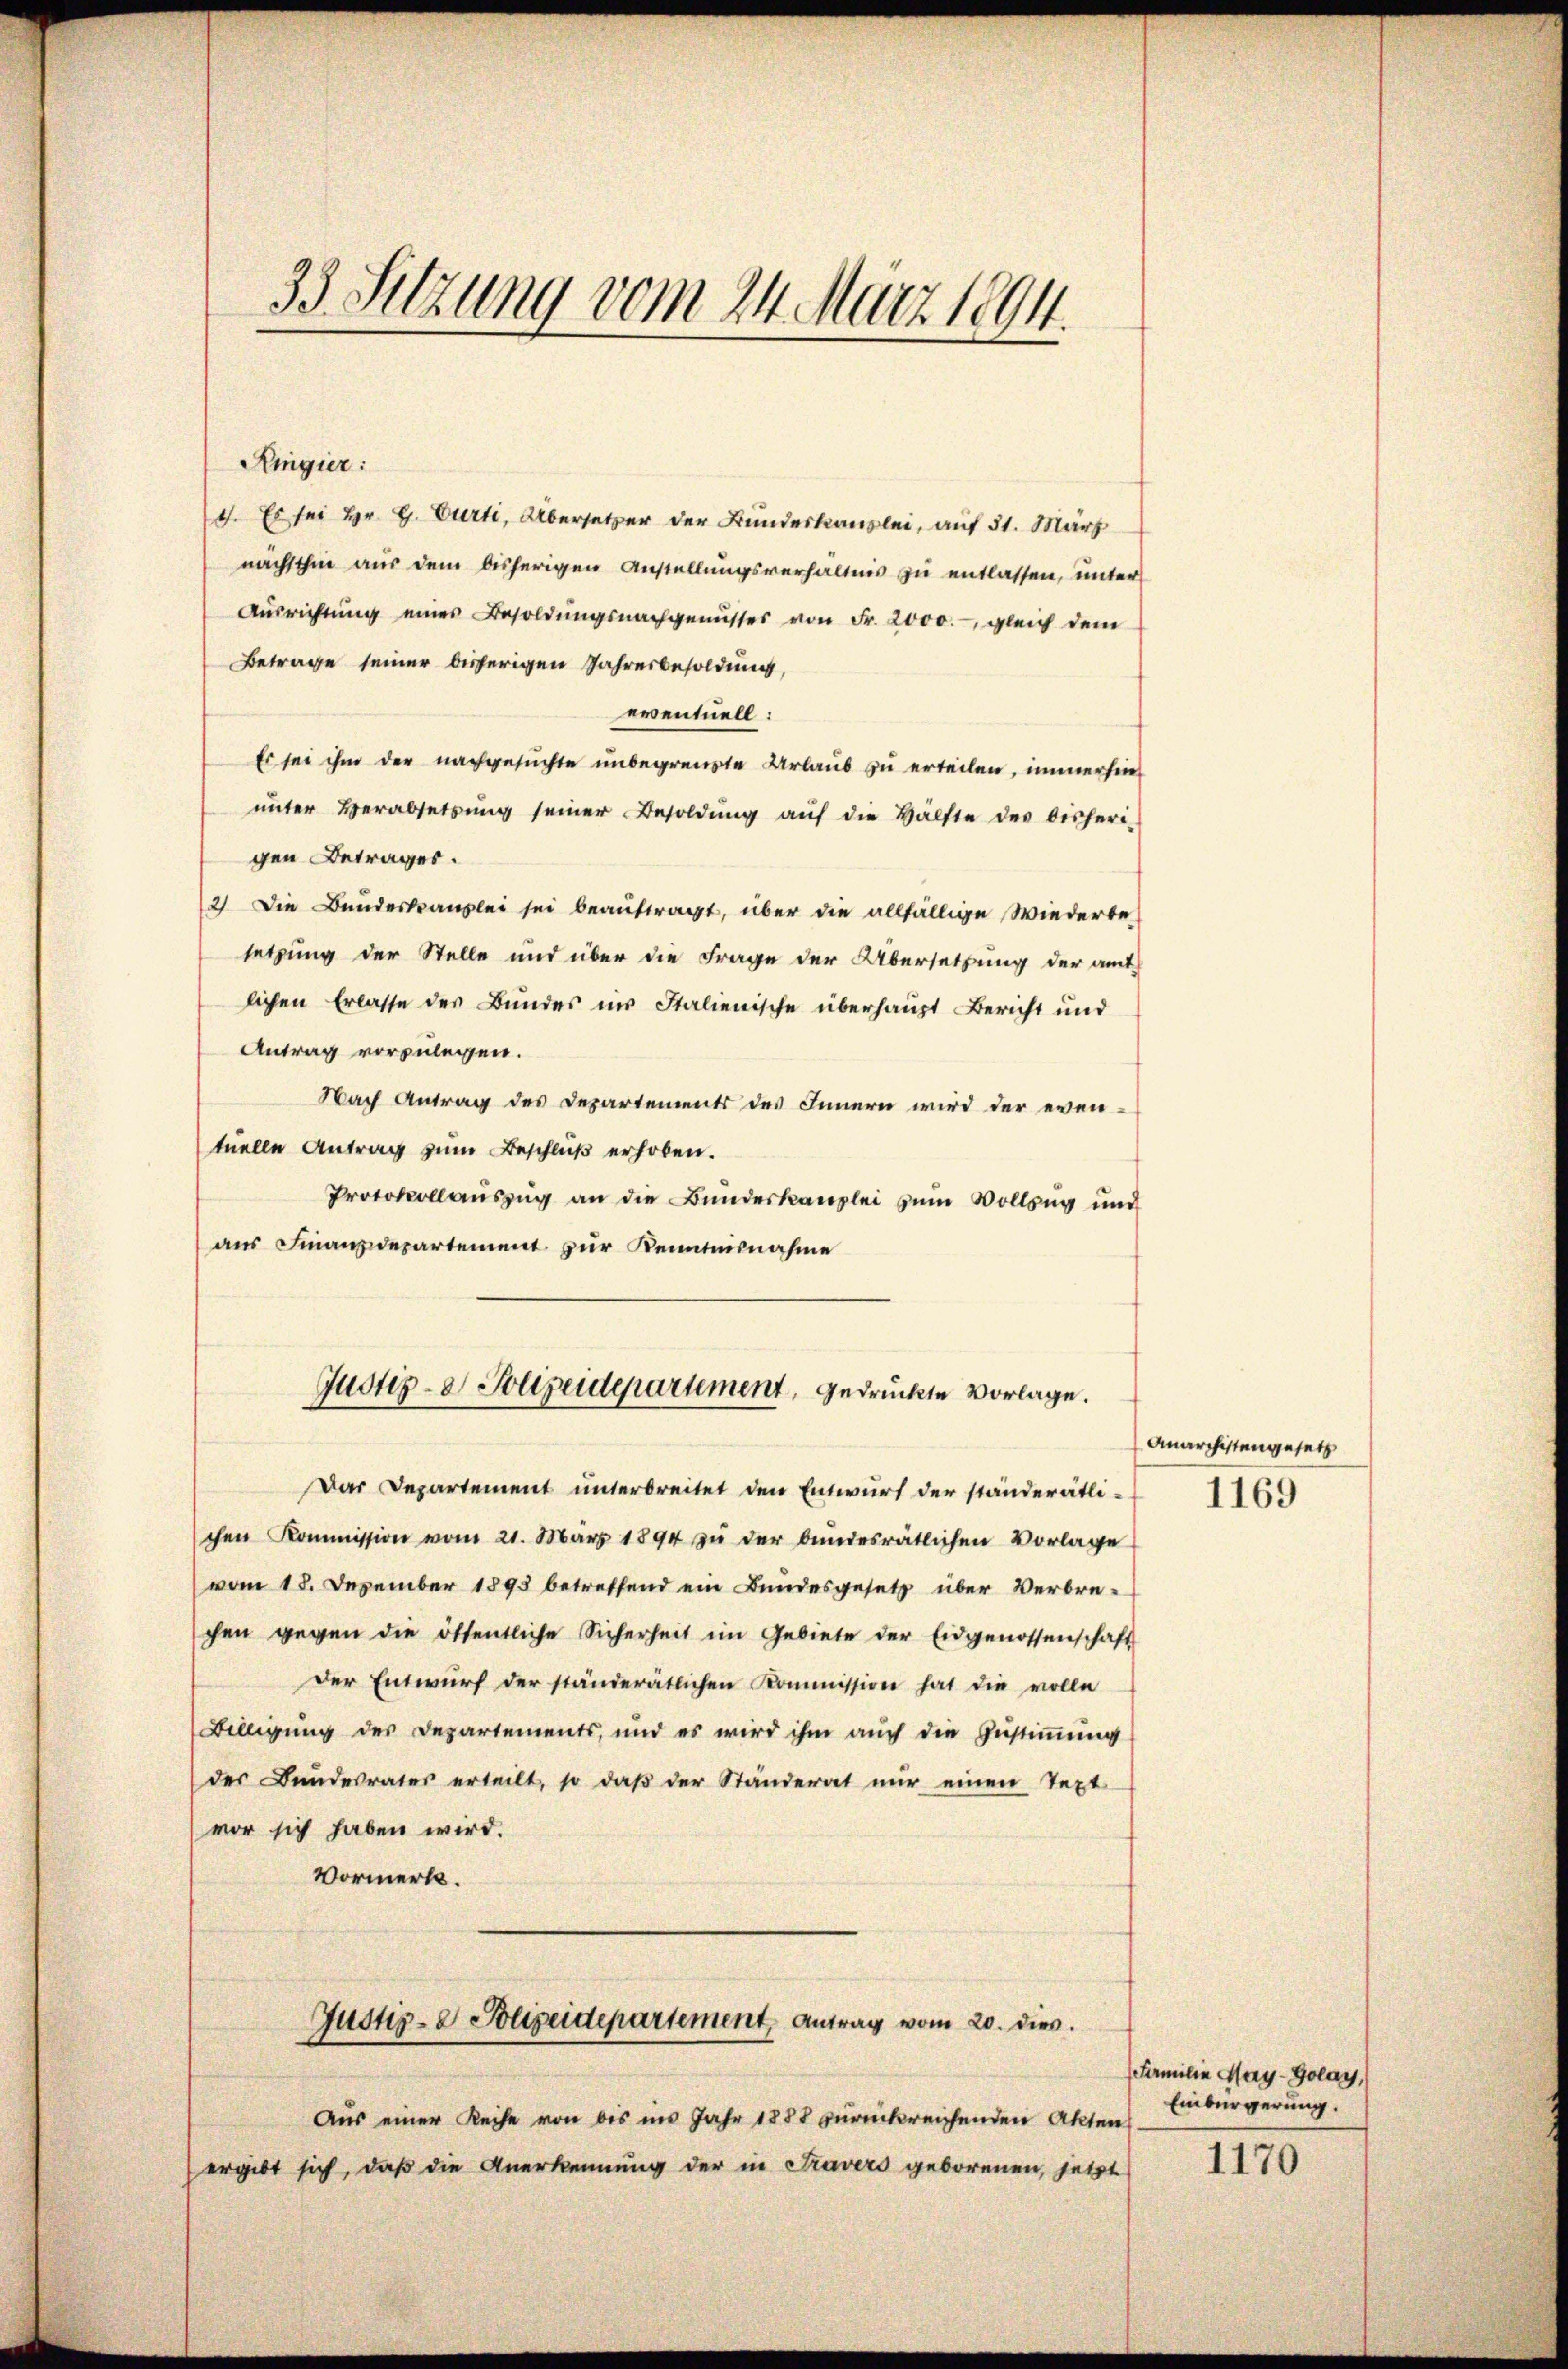
33. Sitzung vom 24. März 1894.

Ringier:
4. Es sei Hr. G. Curti, Übersetzer der Bundeskanzlei, auf 31. März
nächsthin aus dem bisherigen Anstellungsverhältnis zu entlassen, unter
Aŭsrichtŭng eines Besoldŭngsnachgenusses von Fr. 2000.- gleich dem
Betrage seiner bisherigen Jahresbesoldung,
eventuell:
Es sei ihm der nachgesuchte unbegrenzte Urlaub zu erteilen, immerhin
ŭnter Verabsetzŭng seiner Besoldŭng aŭf die Hälfte des bisheri-
gen Betrages.
2) Die Bundeskanzlei sei beauftragt, über die allfällige Wiederbe-
setzung der Stelle und über die Frage der Übersetzung der amt-
lichen Erlasse des Bundes in Italienische überhaupt Bericht und
Antrag vorzulegen.
Nach Antrag des Departements des Innern wird der eventuelle Antrag zum Beschluß erhoben.
Protokollaŭszŭg an die Bŭndeskanzlei zum Vollzug und
aus Finanzdepartement zur Kenntnisnahme

Das Departement unterbreitet den Entwurf der ständerätli-
schen Kommission vom 21. März 1894 zŭ der bundesrätlichen Vorlage
vom 18. Dezember 1893 betreffend ein Bundesgesetz über Verbrechen gegen die öffentliche Sicherheit im Gebiete der Eidgenossenschaft
Der Entwurf der ständerätlichen Kommission hat die volle
Billigung des Departements, und es wird ihm auch die Zustimmung
der Bŭndesrates erteilt, so daβ der Ständerat nŭr einen Text
vor sich haben wird.
Vormerks.
Justiz- & Polizeidepartement Antrag vom 20. dies
Aus einer Reihe von bis im Jahr 1888 zurückreichenden Akten
ergibt sich, daß die Anerkennung der in Travers geborenen, jetzt

Justiz- & Polizeidepartement, gedruckte Vorlage.

Anarchistengesetz
1169

Familie May-Golay,
Einbürgerung.
1170